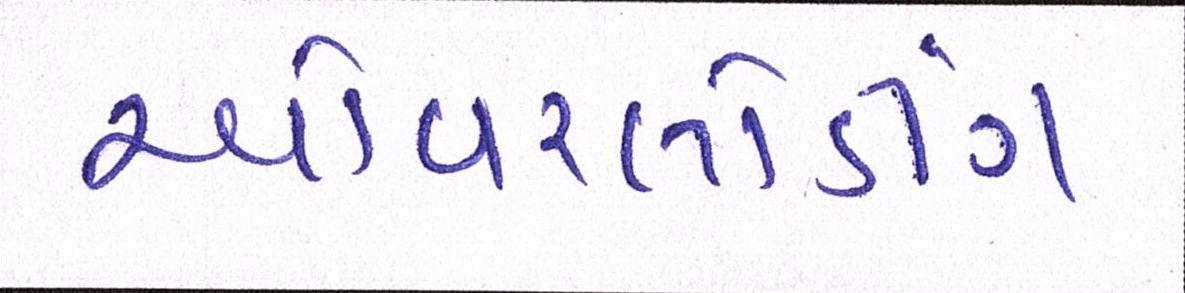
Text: ઓવરલોડીંગ